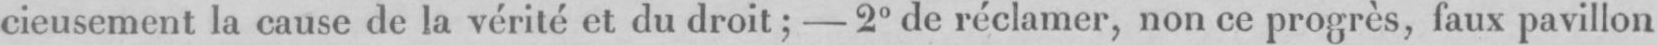
cieusement la cause de la vérité et du droit; -2° de réclamer, non ce progrès, faux pavillon